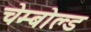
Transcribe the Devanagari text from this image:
चेम्बोल्ड